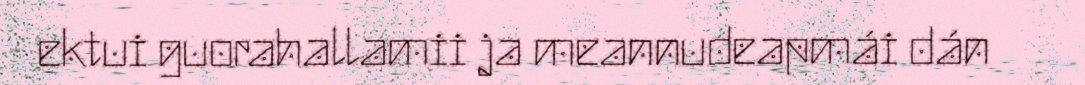
ektui guorahallamii ja meannudeapmái dán